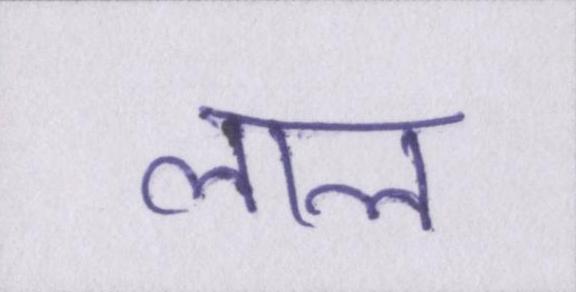
लाल